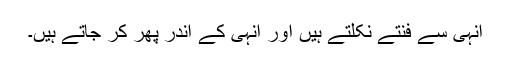
انہی سے فنتے نکلتے ہیں اور انہی کے اندر پھر کر جاتے ہیں۔